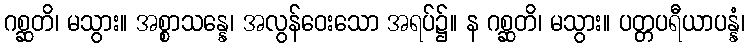
ဂစ္ဆတိ၊ မသွား။ အစ္စာသန္နေ၊ အလွန်ဝေးသော အရပ်၌။ န ဂစ္ဆတိ၊ မသွား။ ပတ္တပရီယာပန္နံ၊